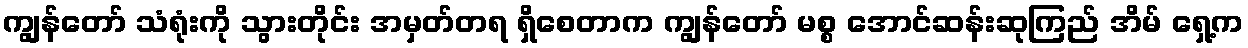
ကျွန်တော် သံရုံးကို သွားတိုင်း အမှတ်တရ ရှိစေတာက ကျွန်တော် မစ္စ အောင်ဆန်းဆုကြည် အိမ် ရှေ့က